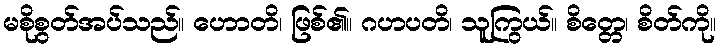
မစိုစွတ်အပ်သည်။ ဟောတိ၊ ဖြစ်၏။ ဂဟပတိ၊ သူကြွယ်။ စိတ္တေ၊ စိတ်ကို။